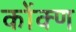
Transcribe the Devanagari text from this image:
कोंक्ण